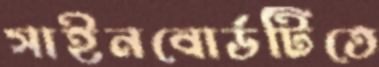
সাইনবোর্ডটিতে